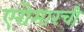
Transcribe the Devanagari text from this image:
एरोमारची